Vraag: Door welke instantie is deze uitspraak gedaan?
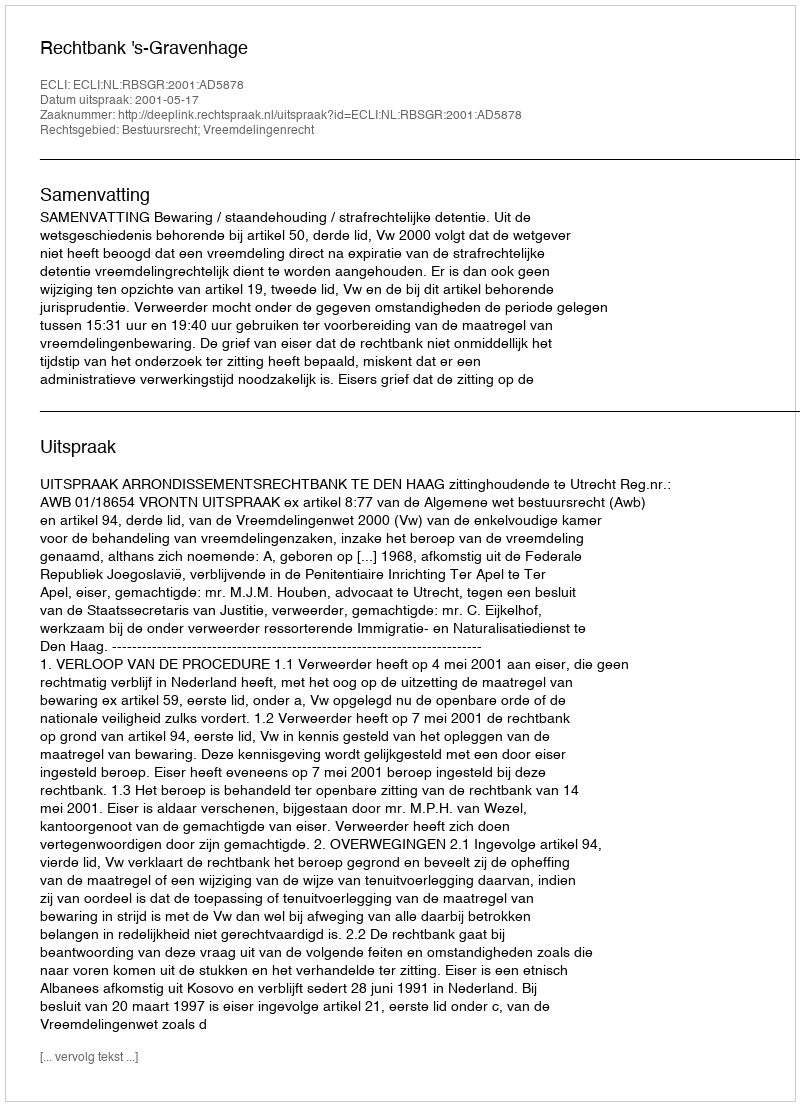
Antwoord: Rechtbank 's-Gravenhage